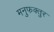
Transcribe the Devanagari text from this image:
मनुफक्तुर